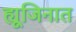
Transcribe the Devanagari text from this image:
ह्यूजिनात